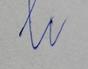
Signature authenticity: forged